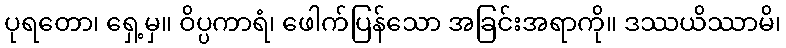
ပုရတော၊ ရှေ့မှ။ ဝိပ္ပကာရံ၊ ဖေါက်ပြန်သော အခြင်းအရာကို။ ဒဿယိဿာမိ၊